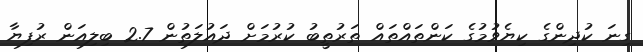
ގިނަ ކުދިންގެ ކިޔެވުމުގެ ކަންތައްތައް ތަރުތީބު ކުރުމަށް ދައުލަތުން 2.7 ބިލިއަން ރުފިޔާ